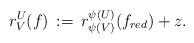
LaTeX: \begin{align*} r^U_V (f) \, := \, r^{\psi(U)}_{\psi(V)}(f_{red}) + z.\end{align*}